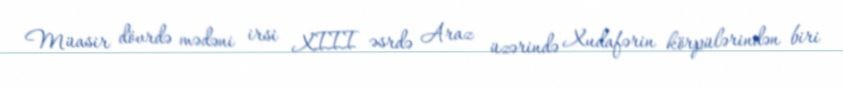
Müasir dövrdə mədəni irsi XIII əsrdə Araz üzərində Xudafərin körpülərindən biri